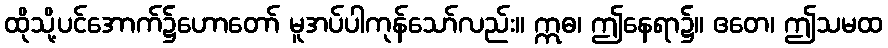
ထိုသို့ပင်အောက်၌ဟောတော် မူအပ်ပါကုန်သော်လည်း။ ဣဓ၊ ဤနေရာ၌။ ဧတေ၊ ဤသမထ